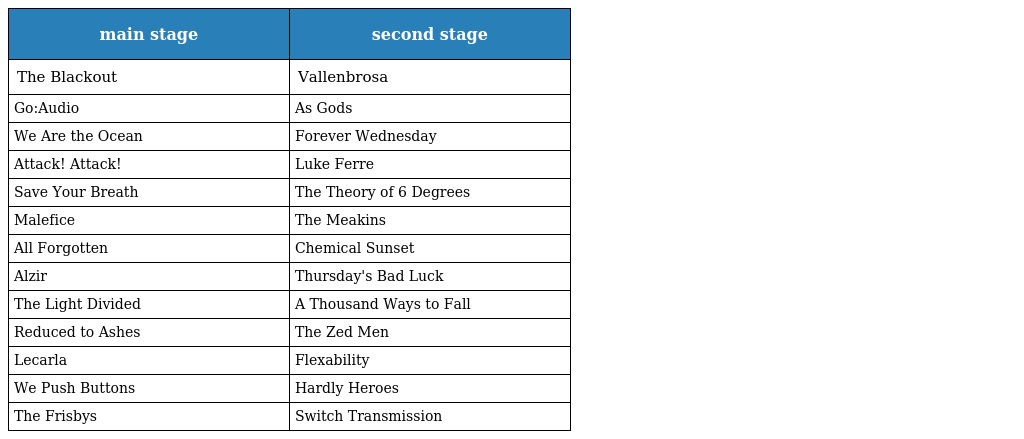
| main stage | second stage |
 | --- | --- |
 | The Blackout | Vallenbrosa |
 | Go:Audio | As Gods |
 | We Are the Ocean | Forever Wednesday |
 | Attack! Attack! | Luke Ferre |
 | Save Your Breath | The Theory of 6 Degrees |
 | Malefice | The Meakins |
 | All Forgotten | Chemical Sunset |
 | Alzir | Thursday's Bad Luck |
 | The Light Divided | A Thousand Ways to Fall |
 | Reduced to Ashes | The Zed Men |
 | Lecarla | Flexability |
 | We Push Buttons | Hardly Heroes |
 | The Frisbys | Switch Transmission |